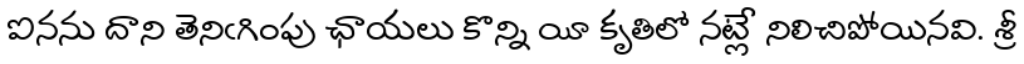
ఐనను దాని తెనిఁగింపు ఛాయలు కొన్ని యీ కృతిలో నట్లే నిలిచిపోయినవి. శ్రీ